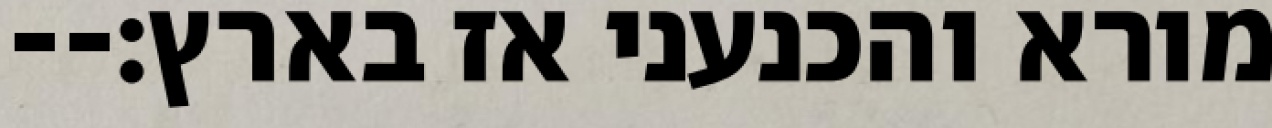
מורא והכנעני אז בארץ׃--